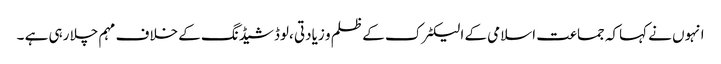
انہوں نے کہاکہ جماعت اسلامی کے الیکٹرک کے ظلم و زیادتی ،لوڈشیڈنگ کے خلاف مہم چلا رہی ہے ۔